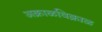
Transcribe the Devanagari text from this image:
अक्राळविक्राळ